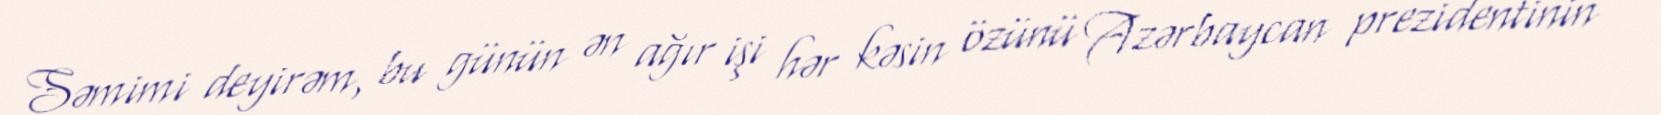
Səmimi deyirəm, bu günün ən ağır işi hər kəsin özünü Azərbaycan prezidentinin